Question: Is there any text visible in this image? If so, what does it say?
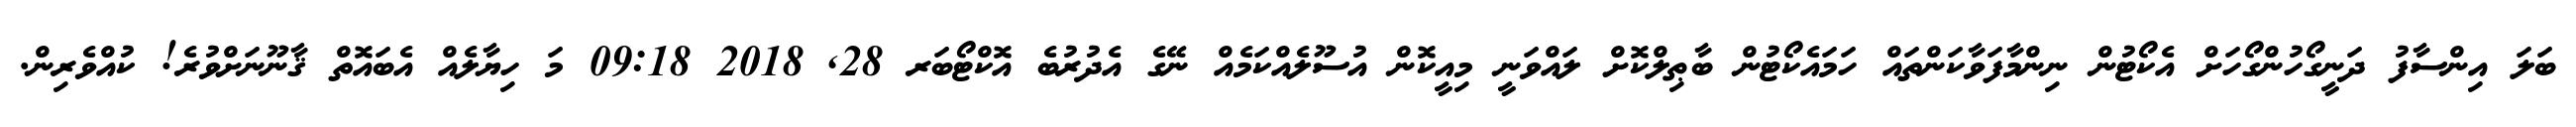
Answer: ބަލަ އިންސާފު ދަނީގޯހުންގޯހަށް އެކޯޓުން ނިންމާފަވާކަންތައް ހަމައެކޯޓުން ބާޠިލްކޮށް ލައްވަނީ މިއީކޮން އުސޫލެއްކަމެއް ނޭގެ އެދުރުބެ އޮކްޓޯބަރ 28, 2018 09:18 މަ ހިޔާލެއް އެބައޮތް ޤާނޫނަށްވުރެ! ކުއްވެރިން.